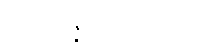
အဝိဿဇ္ဇိယဝတ္ထုကထာ။